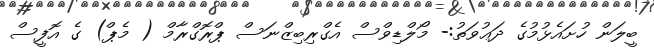
ބީލަން ހުށައެޅުމުގެ ދަޢުވަތު:- މޯލްޑިވްސް އެގްރިބިޒްނަސް ޕްރޮގްރާމް ( މެޕް) ގެ އޮފީސް